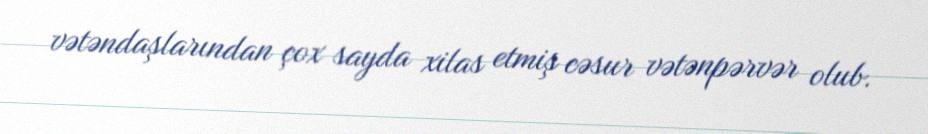
vətəndaşlarından çox sayda xilas etmiş cəsur vətənpərvər olub.